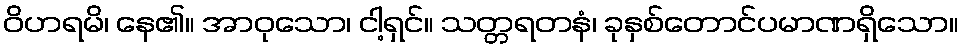
ဝိဟရမိ၊ နေ၏။ အာဝုသော၊ ငါ့ရှင်။ သတ္တရတနံ၊ ခုနှစ်တောင်ပမာဏရှိသော။